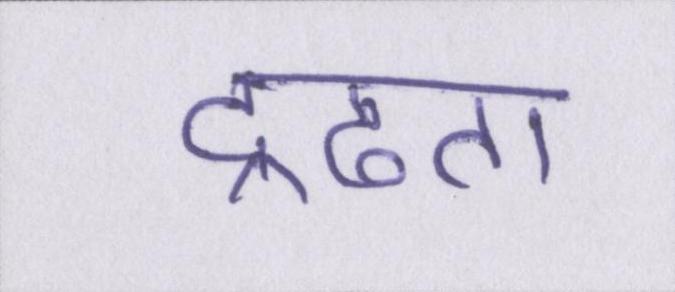
द्रढता